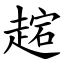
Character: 趤